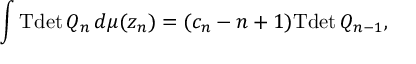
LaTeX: \int \mathrm { T d e t } \, Q _ { n } \, d \mu ( z _ { n } ) = ( c _ { n } - n + 1 ) \mathrm { T d e t } \, Q _ { n - 1 } ,